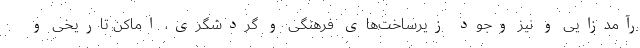
رآمدزایی و نیز وجود زیرساخت‌های فرهنگی و گردشگری، اماکن تاریخی و